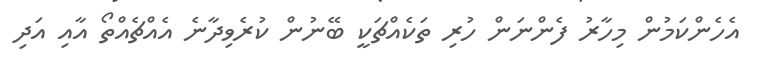
އެހެންކަމުން މިހާރު ފެންނަން ހުރި ތަކެއްޗަކީ ބޭނުން ކުރެވިދާނެ އެއްޗެއްތޯ އާއި އަދި